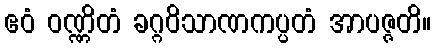
ဧဝံ ဝဏ္ဏိတံ ခဂ္ဂဝိသာဏကပ္ပတံ အာပဇ္ဇတိ။